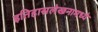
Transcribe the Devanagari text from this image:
इतिहासलेखनामध्ये